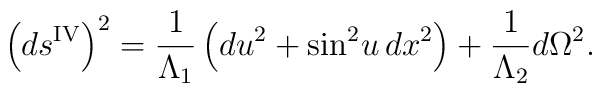
\left( ds^{{\rm IV}} \right)^2 =  \frac{1}{\Lambda_1} \left( du^2 +  \sin^2\! u\, d x^2 \right) +  \frac{1}{\Lambda_2} d\Omega^2.